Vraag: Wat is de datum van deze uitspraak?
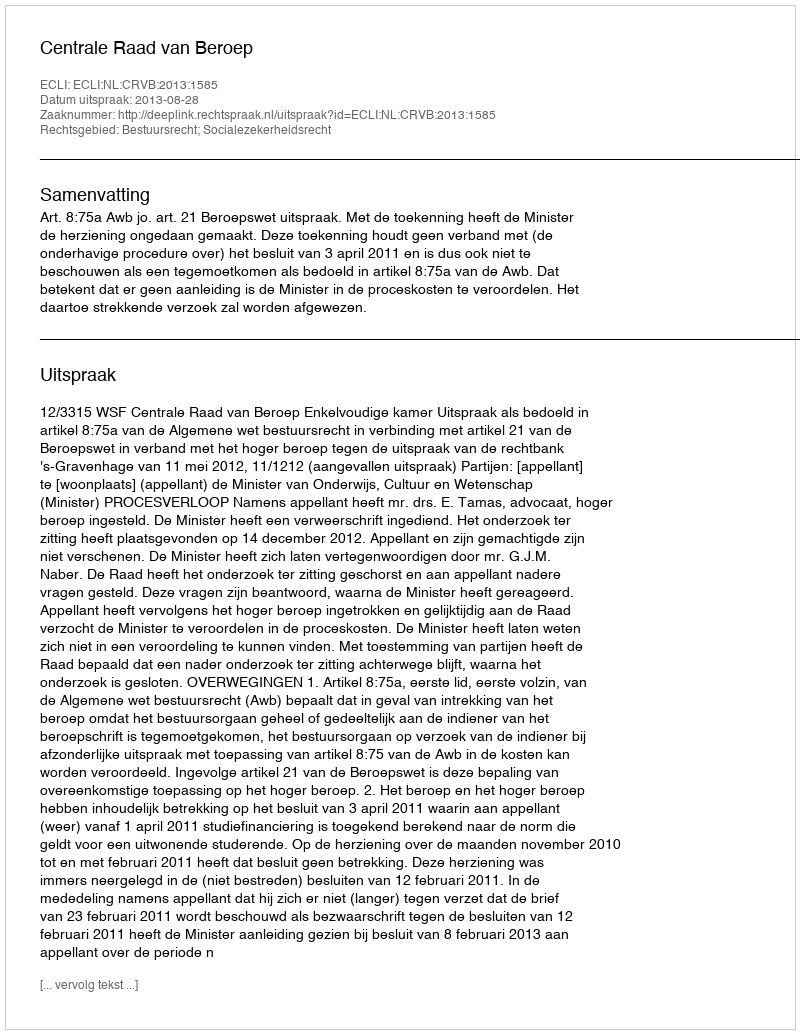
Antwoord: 2013-08-28